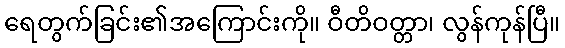
ရေတွက်ခြင်း၏အကြောင်းကို။ ဝီတိဝတ္တာ၊ လွန်ကုန်ပြီ။